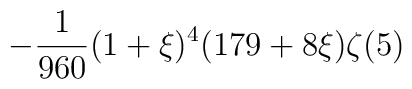
\displaystyle-\frac{1}{960}(1+\xi)^4(179+8\xi)\zeta(5)